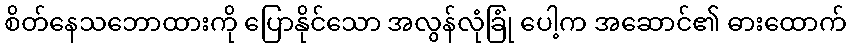
စိတ်နေသဘောထားကို ပြောနိုင်သော အလွန်လုံခြုံ ပေါ့က အဆောင်၏ ဓားထောက်